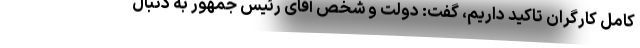
کامل کارگران تاکید داریم، گفت: دولت و شخص آقای رئیس جمهور به دنبال